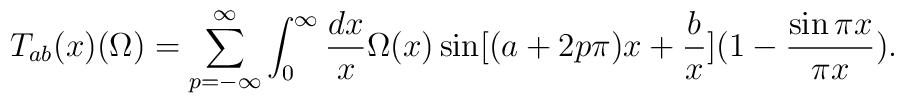
T_{ab}(x)(\Omega) = \sum^{\infty}_{p=-\infty} \int^{\infty}_{0} {dx \over x} \Omega(x)\sin [(a+2p \pi)x + {b \over x}] (1 - {\sin \pi x \over \pi x}).